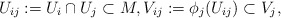
\begin{align*}U_{ij}:= U_i \cap U_j \subset M , V_{ij}:= \phi_j(U_{ij}) \subset V_j , \end{align*}